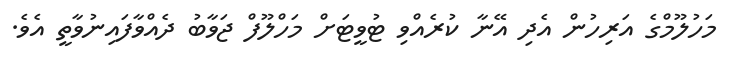
މަހުލޫމްގެ އަރިހުން އެދި އޭނާ ކުރެއްވި ޓުވީޓަށް މަހްލޫފް ޖަވާބު ދެއްވާފައިނުވާތީ އެވެ.